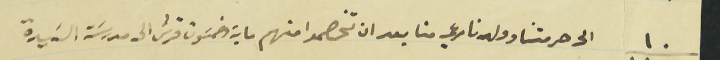
١٠ الى حرمتنا وولدنا مرعي منا بعد ان تخصموا منهم ماية وخمسون قرش الى مدرسَة السَيدة